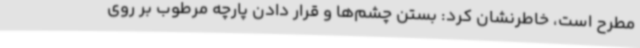
مطرح است، خاطرنشان کرد: بستن چشم‌ها و قرار دادن پارچه مرطوب بر روی